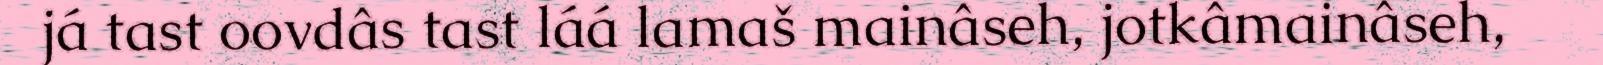
já tast oovdâs tast láá lamaš mainâseh, jotkâmainâseh,